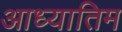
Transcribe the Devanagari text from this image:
आध्यातिम